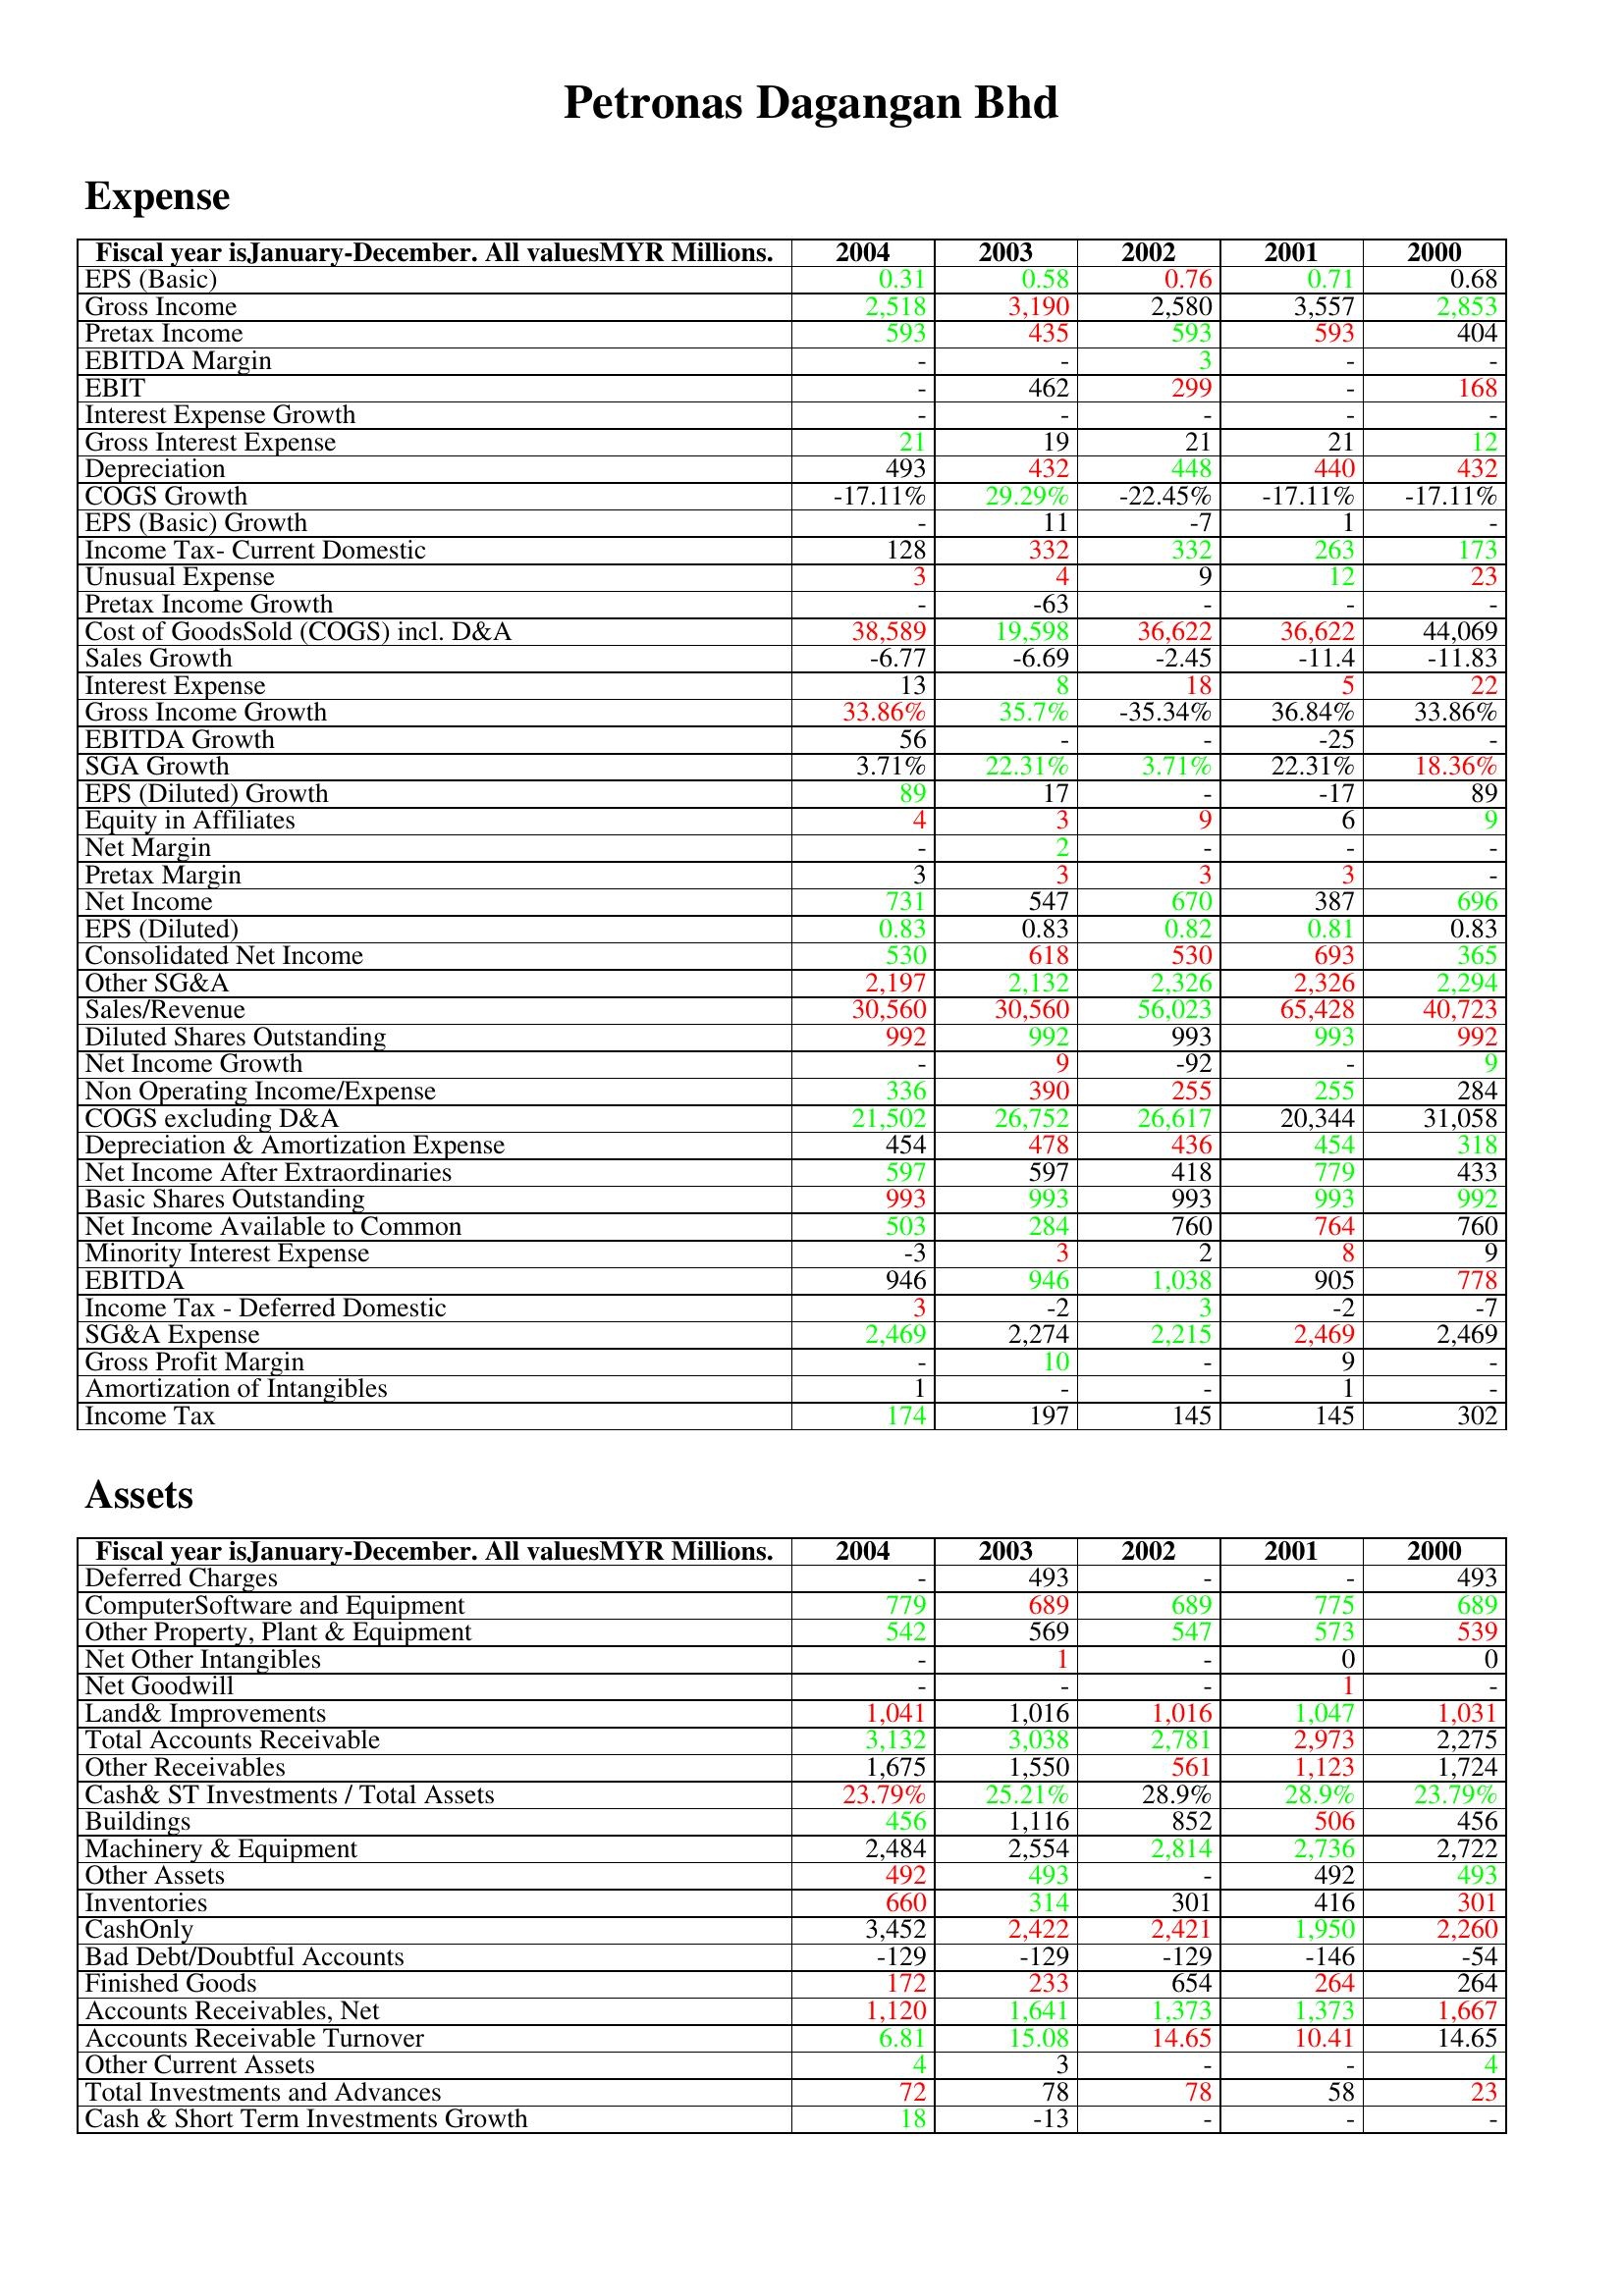
gt_parse: 2004: Expense: EPS (Basic): 0.31
Gross Income: 2,518
Pretax Income: 593
EBITDA Margin: -
EBIT: -
Interest Expense Growth: -
Gross Interest Expense: 21
Depreciation: 493
COGS Growth: -17.11%
EPS (Basic) Growth: -
Income Tax- Current Domestic: 128
Unusual Expense: 3
Pretax Income Growth: -
Cost of GoodsSold (COGS) incl. D&A: 38,589
Sales Growth: -6.77
Interest Expense: 13
Gross Income Growth: 33.86%
EBITDA Growth: 56
SGA Growth: 3.71%
EPS (Diluted) Growth: 89
Equity in Affiliates: 4
Net Margin: -
Pretax Margin: 3
Net Income: 731
EPS (Diluted): 0.83
Consolidated Net Income: 530
Other SG&A: 2,197
Sales/Revenue: 30,560
Diluted Shares Outstanding: 992
Net Income Growth: -
Non Operating Income/Expense: 336
COGS excluding D&A: 21,502
Depreciation & Amortization Expense: 454
Net Income After Extraordinaries: 597
Basic Shares Outstanding: 993
Net Income Available to Common: 503
Minority Interest Expense: -3
EBITDA: 946
Income Tax - Deferred Domestic: 3
SG&A Expense: 2,469
Gross Profit Margin: -
Amortization of Intangibles: 1
Income Tax: 174
Assets: Deferred Charges: -
ComputerSoftware and Equipment: 779
Other Property, Plant & Equipment: 542
Net Other Intangibles: -
Net Goodwill: -
Land& Improvements: 1,041
Total Accounts Receivable: 3,132
Other Receivables: 1,675
Cash& ST Investments / Total Assets: 23.79%
Buildings: 456
Machinery & Equipment: 2,484
Other Assets: 492
Inventories: 660
CashOnly: 3,452
Bad Debt/Doubtful Accounts: -129
Finished Goods: 172
Accounts Receivables, Net: 1,120
Accounts Receivable Turnover: 6.81
Other Current Assets: 4
Total Investments and Advances: 72
Cash & Short Term Investments Growth: 18
2003: Expense: EPS (Basic): 0.58
Gross Income: 3,190
Pretax Income: 435
EBITDA Margin: -
EBIT: 462
Interest Expense Growth: -
Gross Interest Expense: 19
Depreciation: 432
COGS Growth: 29.29%
EPS (Basic) Growth: 11
Income Tax- Current Domestic: 332
Unusual Expense: 4
Pretax Income Growth: -63
Cost of GoodsSold (COGS) incl. D&A: 19,598
Sales Growth: -6.69
Interest Expense: 8
Gross Income Growth: 35.7%
EBITDA Growth: -
SGA Growth: 22.31%
EPS (Diluted) Growth: 17
Equity in Affiliates: 3
Net Margin: 2
Pretax Margin: 3
Net Income: 547
EPS (Diluted): 0.83
Consolidated Net Income: 618
Other SG&A: 2,132
Sales/Revenue: 30,560
Diluted Shares Outstanding: 992
Net Income Growth: 9
Non Operating Income/Expense: 390
COGS excluding D&A: 26,752
Depreciation & Amortization Expense: 478
Net Income After Extraordinaries: 597
Basic Shares Outstanding: 993
Net Income Available to Common: 284
Minority Interest Expense: 3
EBITDA: 946
Income Tax - Deferred Domestic: -2
SG&A Expense: 2,274
Gross Profit Margin: 10
Amortization of Intangibles: -
Income Tax: 197
Assets: Deferred Charges: 493
ComputerSoftware and Equipment: 689
Other Property, Plant & Equipment: 569
Net Other Intangibles: 1
Net Goodwill: -
Land& Improvements: 1,016
Total Accounts Receivable: 3,038
Other Receivables: 1,550
Cash& ST Investments / Total Assets: 25.21%
Buildings: 1,116
Machinery & Equipment: 2,554
Other Assets: 493
Inventories: 314
CashOnly: 2,422
Bad Debt/Doubtful Accounts: -129
Finished Goods: 233
Accounts Receivables, Net: 1,641
Accounts Receivable Turnover: 15.08
Other Current Assets: 3
Total Investments and Advances: 78
Cash & Short Term Investments Growth: -13
2002: Expense: EPS (Basic): 0.76
Gross Income: 2,580
Pretax Income: 593
EBITDA Margin: 3
EBIT: 299
Interest Expense Growth: -
Gross Interest Expense: 21
Depreciation: 448
COGS Growth: -22.45%
EPS (Basic) Growth: -7
Income Tax- Current Domestic: 332
Unusual Expense: 9
Pretax Income Growth: -
Cost of GoodsSold (COGS) incl. D&A: 36,622
Sales Growth: -2.45
Interest Expense: 18
Gross Income Growth: -35.34%
EBITDA Growth: -
SGA Growth: 3.71%
EPS (Diluted) Growth: -
Equity in Affiliates: 9
Net Margin: -
Pretax Margin: 3
Net Income: 670
EPS (Diluted): 0.82
Consolidated Net Income: 530
Other SG&A: 2,326
Sales/Revenue: 56,023
Diluted Shares Outstanding: 993
Net Income Growth: -92
Non Operating Income/Expense: 255
COGS excluding D&A: 26,617
Depreciation & Amortization Expense: 436
Net Income After Extraordinaries: 418
Basic Shares Outstanding: 993
Net Income Available to Common: 760
Minority Interest Expense: 2
EBITDA: 1,038
Income Tax - Deferred Domestic: 3
SG&A Expense: 2,215
Gross Profit Margin: -
Amortization of Intangibles: -
Income Tax: 145
Assets: Deferred Charges: -
ComputerSoftware and Equipment: 689
Other Property, Plant & Equipment: 547
Net Other Intangibles: -
Net Goodwill: -
Land& Improvements: 1,016
Total Accounts Receivable: 2,781
Other Receivables: 561
Cash& ST Investments / Total Assets: 28.9%
Buildings: 852
Machinery & Equipment: 2,814
Other Assets: -
Inventories: 301
CashOnly: 2,421
Bad Debt/Doubtful Accounts: -129
Finished Goods: 654
Accounts Receivables, Net: 1,373
Accounts Receivable Turnover: 14.65
Other Current Assets: -
Total Investments and Advances: 78
Cash & Short Term Investments Growth: -
2001: Expense: EPS (Basic): 0.71
Gross Income: 3,557
Pretax Income: 593
EBITDA Margin: -
EBIT: -
Interest Expense Growth: -
Gross Interest Expense: 21
Depreciation: 440
COGS Growth: -17.11%
EPS (Basic) Growth: 1
Income Tax- Current Domestic: 263
Unusual Expense: 12
Pretax Income Growth: -
Cost of GoodsSold (COGS) incl. D&A: 36,622
Sales Growth: -11.4
Interest Expense: 5
Gross Income Growth: 36.84%
EBITDA Growth: -25
SGA Growth: 22.31%
EPS (Diluted) Growth: -17
Equity in Affiliates: 6
Net Margin: -
Pretax Margin: 3
Net Income: 387
EPS (Diluted): 0.81
Consolidated Net Income: 693
Other SG&A: 2,326
Sales/Revenue: 65,428
Diluted Shares Outstanding: 993
Net Income Growth: -
Non Operating Income/Expense: 255
COGS excluding D&A: 20,344
Depreciation & Amortization Expense: 454
Net Income After Extraordinaries: 779
Basic Shares Outstanding: 993
Net Income Available to Common: 764
Minority Interest Expense: 8
EBITDA: 905
Income Tax - Deferred Domestic: -2
SG&A Expense: 2,469
Gross Profit Margin: 9
Amortization of Intangibles: 1
Income Tax: 145
Assets: Deferred Charges: -
ComputerSoftware and Equipment: 775
Other Property, Plant & Equipment: 573
Net Other Intangibles: 0
Net Goodwill: 1
Land& Improvements: 1,047
Total Accounts Receivable: 2,973
Other Receivables: 1,123
Cash& ST Investments / Total Assets: 28.9%
Buildings: 506
Machinery & Equipment: 2,736
Other Assets: 492
Inventories: 416
CashOnly: 1,950
Bad Debt/Doubtful Accounts: -146
Finished Goods: 264
Accounts Receivables, Net: 1,373
Accounts Receivable Turnover: 10.41
Other Current Assets: -
Total Investments and Advances: 58
Cash & Short Term Investments Growth: -
2000: Expense: EPS (Basic): 0.68
Gross Income: 2,853
Pretax Income: 404
EBITDA Margin: -
EBIT: 168
Interest Expense Growth: -
Gross Interest Expense: 12
Depreciation: 432
COGS Growth: -17.11%
EPS (Basic) Growth: -
Income Tax- Current Domestic: 173
Unusual Expense: 23
Pretax Income Growth: -
Cost of GoodsSold (COGS) incl. D&A: 44,069
Sales Growth: -11.83
Interest Expense: 22
Gross Income Growth: 33.86%
EBITDA Growth: -
SGA Growth: 18.36%
EPS (Diluted) Growth: 89
Equity in Affiliates: 9
Net Margin: -
Pretax Margin: -
Net Income: 696
EPS (Diluted): 0.83
Consolidated Net Income: 365
Other SG&A: 2,294
Sales/Revenue: 40,723
Diluted Shares Outstanding: 992
Net Income Growth: 9
Non Operating Income/Expense: 284
COGS excluding D&A: 31,058
Depreciation & Amortization Expense: 318
Net Income After Extraordinaries: 433
Basic Shares Outstanding: 992
Net Income Available to Common: 760
Minority Interest Expense: 9
EBITDA: 778
Income Tax - Deferred Domestic: -7
SG&A Expense: 2,469
Gross Profit Margin: -
Amortization of Intangibles: -
Income Tax: 302
Assets: Deferred Charges: 493
ComputerSoftware and Equipment: 689
Other Property, Plant & Equipment: 539
Net Other Intangibles: 0
Net Goodwill: -
Land& Improvements: 1,031
Total Accounts Receivable: 2,275
Other Receivables: 1,724
Cash& ST Investments / Total Assets: 23.79%
Buildings: 456
Machinery & Equipment: 2,722
Other Assets: 493
Inventories: 301
CashOnly: 2,260
Bad Debt/Doubtful Accounts: -54
Finished Goods: 264
Accounts Receivables, Net: 1,667
Accounts Receivable Turnover: 14.65
Other Current Assets: 4
Total Investments and Advances: 23
Cash & Short Term Investments Growth: -